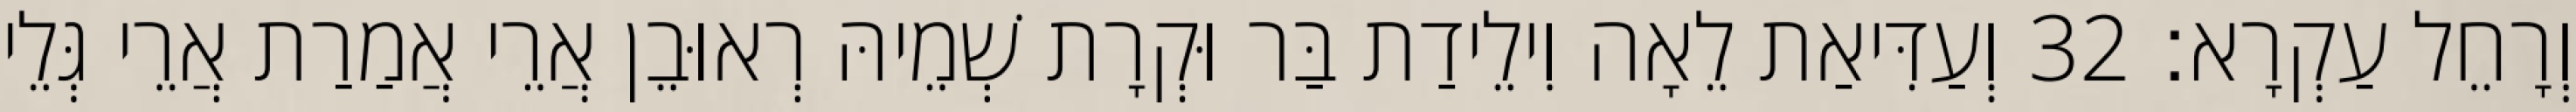
וְרָחֵל עַקְרָא׃ 32 וְעַדִּיאַת לֵאָה וִילֵידַת בַּר וּקְרָת שְׁמֵיהּ רְאוּבֵן אֲרֵי אֲמַרַת אֲרֵי גְּלֵי